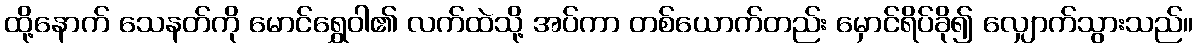
ထို့နောက် သေနတ်ကို မောင်ရွှေဝါ၏ လက်ထဲသို့ အပ်ကာ တစ်ယောက်တည်း မှောင်ရိပ်ခို၍ လျှောက်သွားသည်။